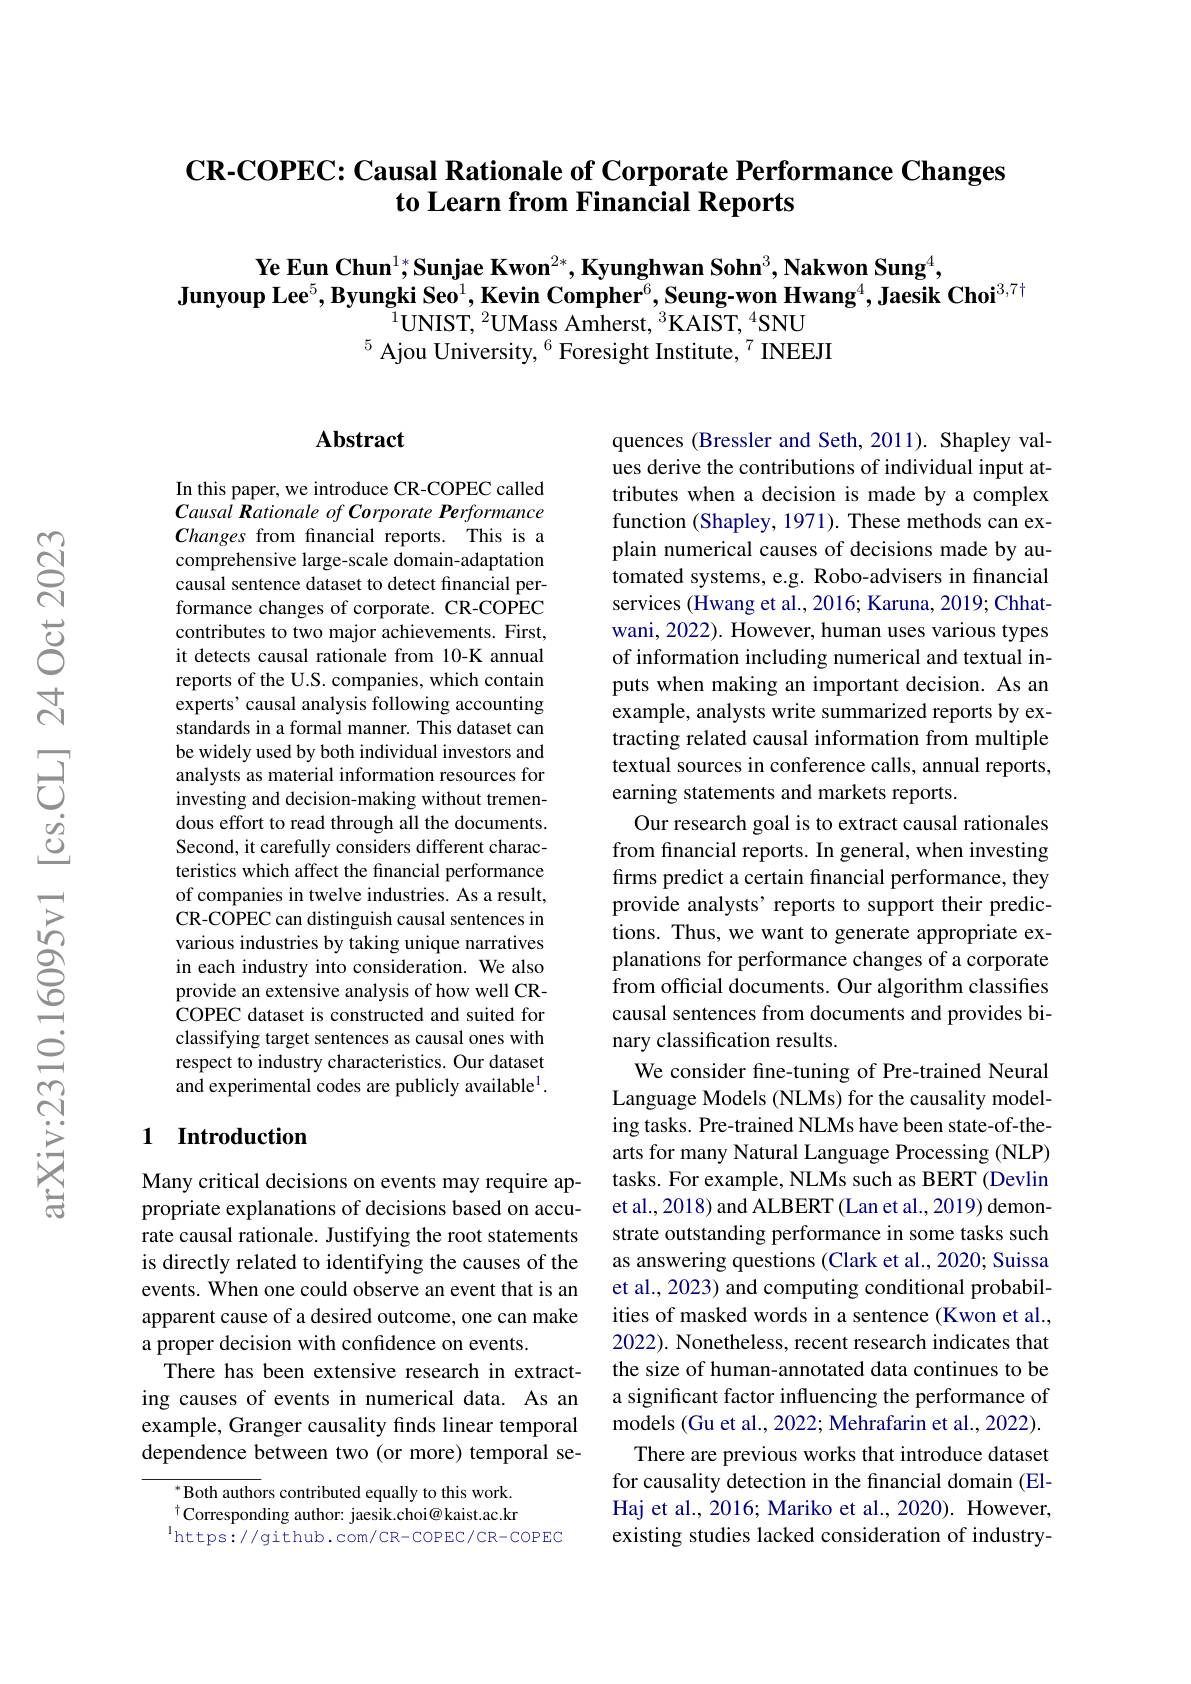
## CR-COPEC: Causal Rationale of Corporate Performance Changes to Learn from Financial Reports

Ye Eun Chun$^1;\text{Sunjae Kwon}^{2*},\textbf{Kyunghwan Sohn}^3,\textbf{Nakwon Sung}^4$,
Junyoup Lee$^5,\textbf{Byungki Seo}^1,\textbf{Kevin Compher}^6,\textbf{Seung-won Hwang}^4,\textbf{Jaesik Choi}^{3,7\dagger}$
$^{1}$UNIST, $^2$UMass Amherst, $^3$KAIST, $^4$SNU
$^{5}$ Ajou University, $^{6}$ Foresight Institute,$^{7}$ INEEJI

## $\mathbf{Abstract}$

In this paper, we introduce CR-COPEC called Causal Rationale of Corporate Performance Changes from financial reports. This is a comprehensive large-scale domain-adaptation causal sentence dataset to detect financial performance changes of corporate. CR-COPEC contributes to two major achievements. First, it detects causal rationale from 10-K annual reports of the U.S. companies, which contain experts' causal analysis following accounting standards in a formal manner. This dataset can be widely used by both individual investors and analysts as material information resources for investing and decision-making without tremendous effort to read through all the documents. Second, it carefully considers different characteristics which affect the financial performance of companies in twelve industries. As a result, CR-COPEC can distinguish causal sentences in various industries by taking unique narratives in each industry into consideration. We also provide an extensive analysis of how well CRCOPEC dataset is constructed and suited for classifying target sentences as causal ones with respect to industry characteristics. Our dataset and experimental codes are publicly available$^{\mathrm{l}}.$

## 1 Introduction

Many critical decisions on events may require appropriate explanations of decisions based on accurate causal rationale. Justifying the root statements is directly related to identifying the causes of the events. When one could observe an event that is an apparent cause of a desired outcome, one can make a proper decision with confidence on events.
There has been extensive research in extracting causes of events in numerical data. As an example, Granger causality finds linear temporal dependence between two (or more) temporal se-

${^*\text{Both authors contributed equally to this work.}}$ $^{\dagger}$Corresponding author: jaesik.choi@ kaist.ac.kr $^{\mathrm{l}}$https://github.com/CR-COPEC/CR-COPEC

quences (Bressler and Seth, 2011). Shapley values derive the contributions of individual input attributes when a decision is made by a complex function (Shapley, 1971). These methods can explain numerical causes of decisions made by automated systems, e.g. Robo-advisers in financial services (Hwang et al., 2016; Karuna, 2019; Chhatwani, 2022). However, human uses various types of information including numerical and textual inputs when making an important decision. As an example, analysts write summarized reports by extracting related causal information from multiple textual sources in conference calls, annual reports, earning statements and markets reports.
Our research goal is to extract causal rationales from fnancial reports. In general, when investing firms predict a certain financial performance, they provide analysts’ reports to support their predictions. Thus, we want to generate appropriate explanations for performance changes of a corporate from official documents. Our algorithm classifies causal sentences from documents and provides binary classification results.
We consider fine-tuning of Pre-trained Neural Language Models (NLMs) for the causality modeling tasks. Pre-trained NLMs have been state-of-thearts for many Natural Language Processing (NLP) tasks. For example, NLMs such as BERT (Devlin et al., 2018) and ALBERT (Lan et al., 2019) demonstrate outstanding performance in some tasks such as answering questions (Clark et al., 2020; Suissa et al., 2023) and computing conditional probabilities of masked words in a sentence (Kwon et al., 2022). Nonetheless, recent research indicates that the size of human-annotated data continues to be a significant factor influencing the performance of models (Gu et al., 2022; Mehrafarin et al., 2022).
There are previous works that introduce dataset for causality detection in the financial domain (ElHaj et al., 2016; Mariko et al., 2020). However, existing studies lacked consideration of industry-